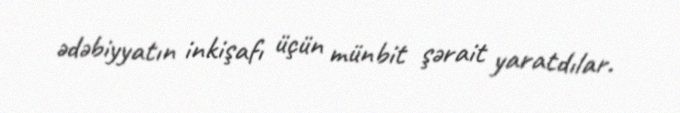
ədəbiyyatın inkişafı üçün münbit şərait yaratdılar.